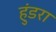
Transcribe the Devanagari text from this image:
हुंडरा